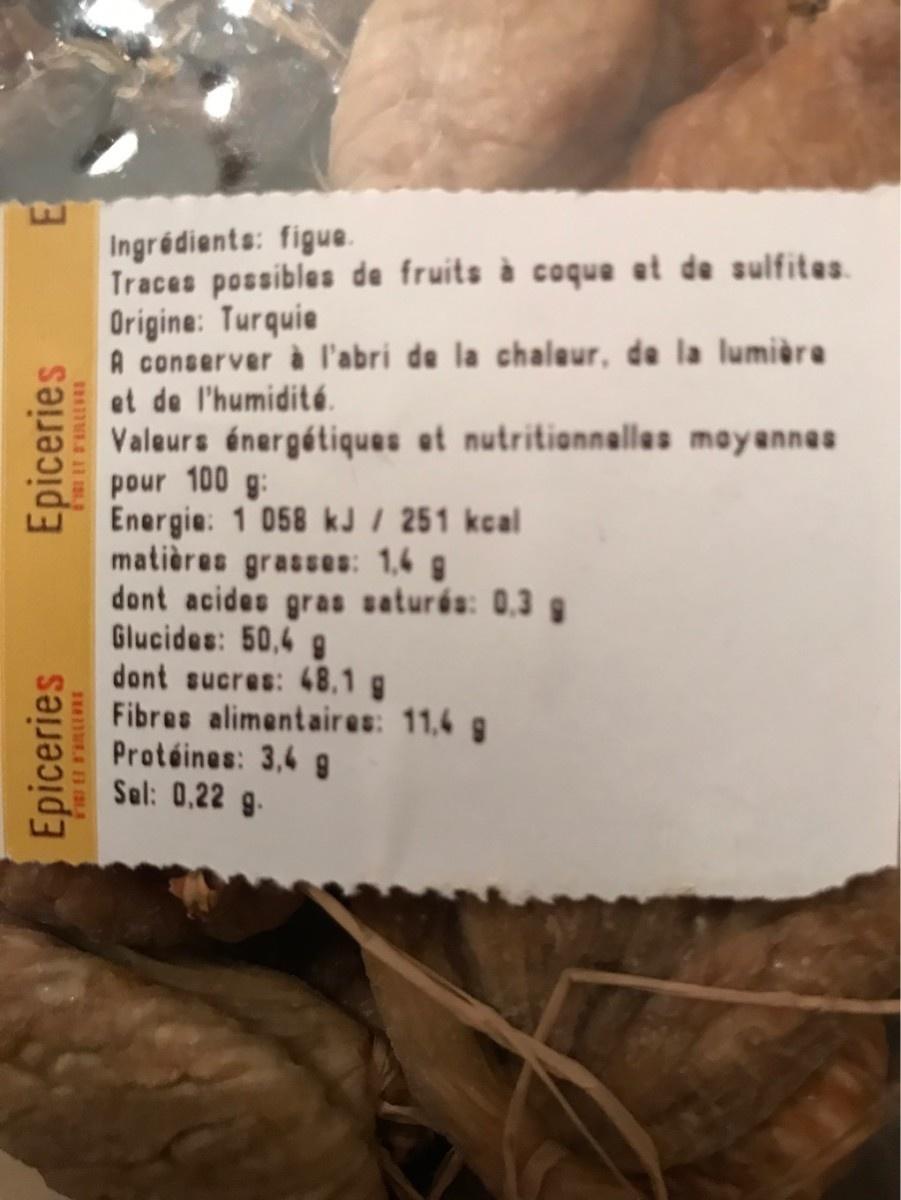
Ingrédients: figue. Traces possibles de fruits à coque et de sulfites. Origine: Turquie A conserver à l'abri de la chaleur, de la lumièra et de l'humidité. Valeurs énergétiques at nutritionnallas mayannes pour 100 g: Energie: 1 058 kJ / 251 kcal matières grasses: 1,6 g dont acides gras saturés: 0,3 g Glucides: 50,4 g dont sucres: 48,1 g Fibres alimentaires: 11,4 g Protéines: 3,4 9 Sal: 0,22 g. Epiceries Epiceries